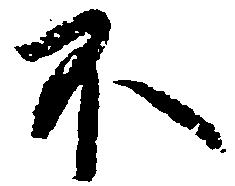
不